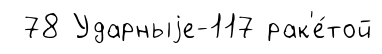
78 Ударныjе-117 рак'е́той